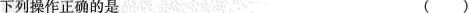
下列操作正确的是 ()